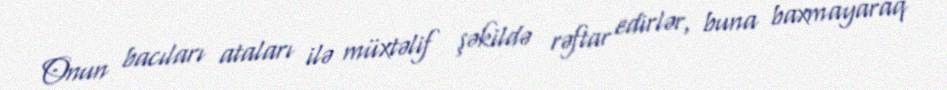
Onun bacıları ataları ilə müxtəlif şəkildə rəftar edirlər, buna baxmayaraq